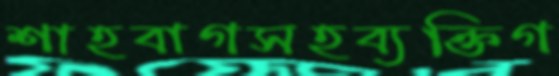
শাহবাগসহব্যক্তিগ